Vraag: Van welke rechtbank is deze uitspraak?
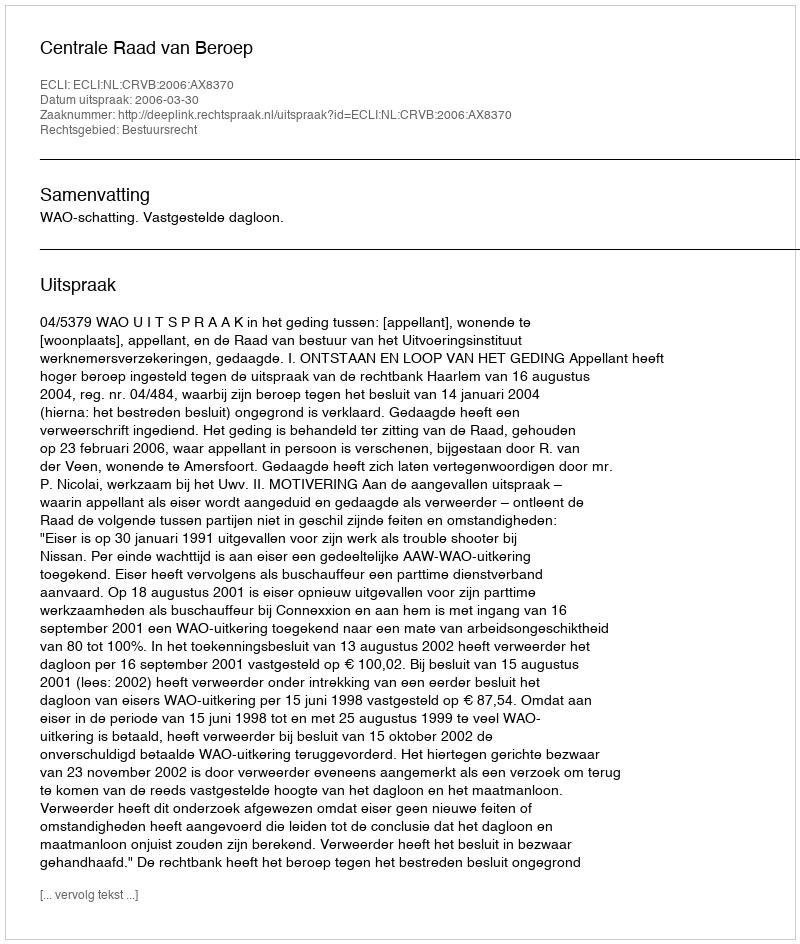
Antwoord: Centrale Raad van Beroep